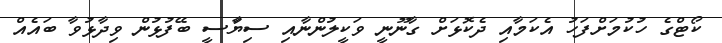
ކޯޓްގެ ހުކުމަށްފަހު އެކަމާއި ދެކޮޅަށް ގާނޫނީ ވަކީލުންނާއި ސިޔާަސީ ބޭފުޅުން ވިދާޅުވާ ބައެއް